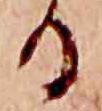
る